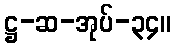
ဋ္ဌ-ဆ-အုပ်-၃၄။